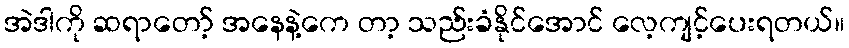
အဲဒါကို ဆရာတော့် အနေနဲ့ကေ တာ့ သည်းခံနိုင်အောင် လေ့ကျင့်ပေးရတယ်။